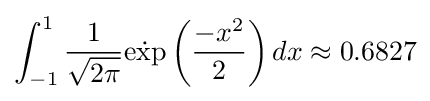
\int _{-1}^{1}{\frac {1}{\sqrt {2\pi }}}{\dot {\exp }}\left({\frac {-x^{2}}{2}}\right)dx\approx 0.6827